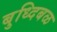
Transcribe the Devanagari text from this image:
बुध्दिबळ